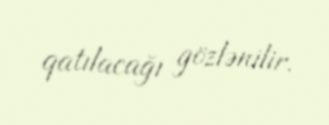
qatılacağı gözlənilir.